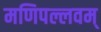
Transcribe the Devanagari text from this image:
मणिपल्लवम्